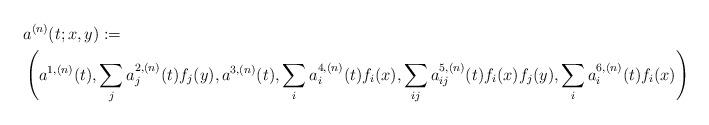
LaTeX: \begin{align*} & a^{(n)}(t;x,y) := \\ & \left(a^{1,(n)}(t),\sum_ja^{2,(n)}_j(t)f_j(y),a^{3,(n)}(t),\sum_ia^{4,(n)}_i(t)f_i(x),\sum_{ij}a^{5,(n)}_{ij}(t)f_i(x)f_j(y),\sum_ia^{6,(n)}_i(t)f_i(x)\right)\end{align*}